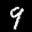
Label: 9